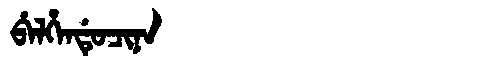
Manchu: ᠪᡝᠯᡥᡝᠨᡩᡠᠴᡳᠨᠠ
Romanization: BELHENDUCINA